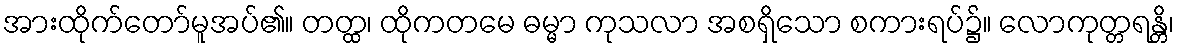
အားထိုက်တော်မူအပ်၏။ တတ္ထ၊ ထိုကတမေ ဓမ္မာ ကုသလာ အစရှိသော စကားရပ်၌။ လောကုတ္တရန္တိ၊